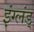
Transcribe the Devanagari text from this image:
इंग्लंड्